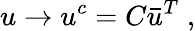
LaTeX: u\rightarrow u^{c}=C\bar{u}^{T}\; ,